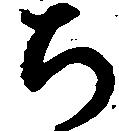
ち